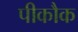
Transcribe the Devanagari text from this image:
पीकौक